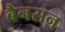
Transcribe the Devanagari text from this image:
बैनसन